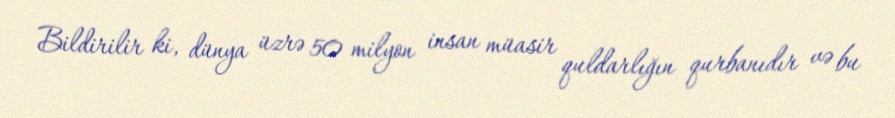
Bildirilir ki, dünya üzrə 50 milyon insan müasir quldarlığın qurbanıdır və bu